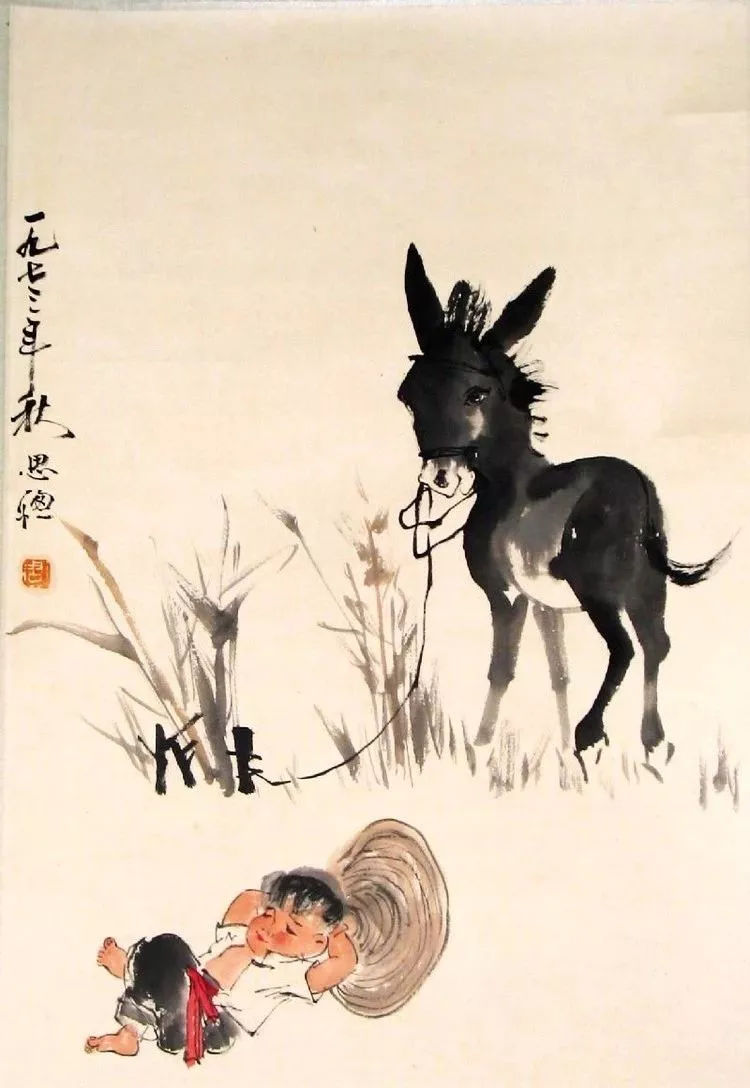
野童扶醉舞，山鸟助酣歌。